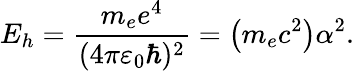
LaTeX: E_{h}=\frac{m_{e}e^{4}}{(4\pi\varepsilon_{0}\hbar)^{2}}=\left(m_{e}c^{2}\right)\alpha^{2}.